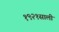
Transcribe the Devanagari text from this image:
१९२१साली